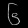
Digit: ၆